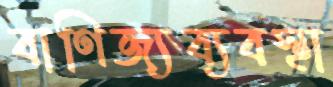
বাণিজ্যব্যবস্থা